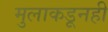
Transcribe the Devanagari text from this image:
मुलाकडूनही